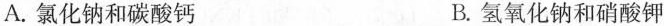
A.氯化钠和碳酸钙 B.氢氧化钠和硝酸钾